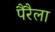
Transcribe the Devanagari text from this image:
पैरैला